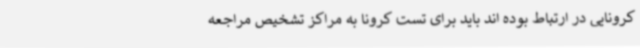
کرونایی در ارتباط بوده اند باید برای تست کرونا به مراکز تشخیص مراجعه